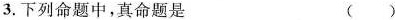
3.下列命题中，真命题是 ( )